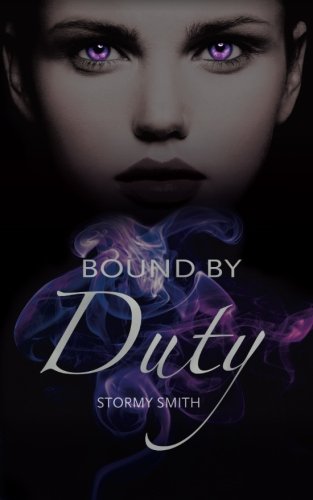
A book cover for Bound by Duty (Bound Series) (Volume 1); Stormy Smith; Science Fiction & Fantasy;